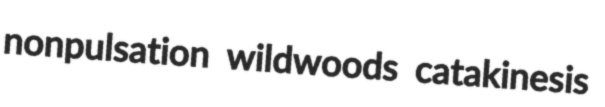
nonpulsation wildwoods catakinesis